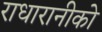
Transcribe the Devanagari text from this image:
राधारानीको